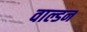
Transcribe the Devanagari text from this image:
वाल्डन